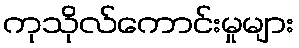
ကုသိုလ်ကောင်းမှုများ